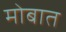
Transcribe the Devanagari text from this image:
मोबात